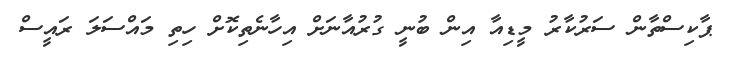
ޕާކިސްތާން ސަރުކާރު މީޑިއާ އިން ބުނީ ގުރުއާނަށް އިހާނެތިކޮށް ހިތި މައްސަލަ ރައީސް